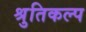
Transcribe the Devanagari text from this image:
श्रुतिकल्प